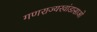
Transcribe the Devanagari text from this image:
गणराज्यरवांडासाओ